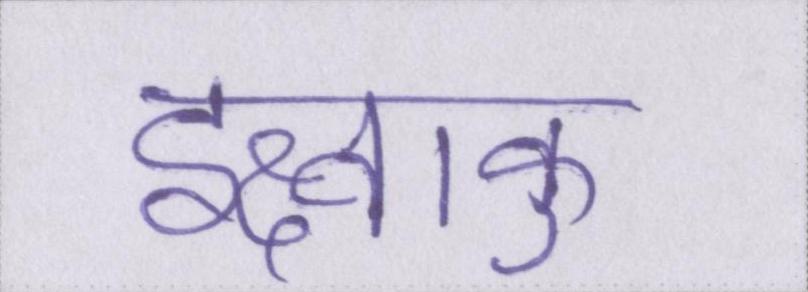
इक्ष्वाकु